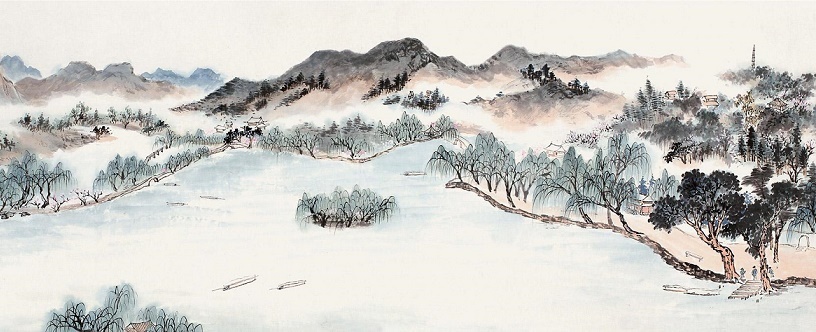
群芳过后西湖好，狼籍残红。